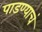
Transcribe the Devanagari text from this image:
पाडण्याचं